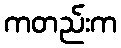
ကတည်းက